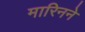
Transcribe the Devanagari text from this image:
मारिनने